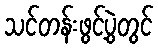
သင်တန်းဖွင့်ပွဲတွင်